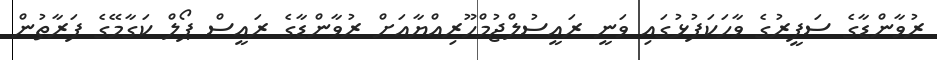
ރުވާންޑާގެ ސަފީރުގެ ވާހަކަފުޅުގައި ވަނީ ރައީސުލްޖުމްހޫރިއްޔާއަށް ރުވާންޑާގެ ރައީސް ޕޯލް ކަގާމޭގެ ފަރާތުން